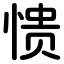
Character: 愦